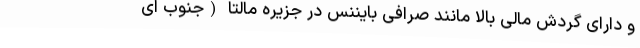
و دارای گردش مالی بالا مانند صرافی بایننس در جزیره مالتا (جنوب ای